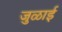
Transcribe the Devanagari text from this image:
जुळाई